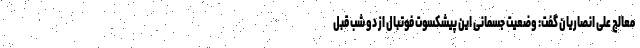
معالج علی انصاریان گفت: وضعیت جسمانی این پیشکسوت فوتبال از دو شب قبل